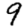
Digit: 9